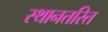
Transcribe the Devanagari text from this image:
स्थानतरित